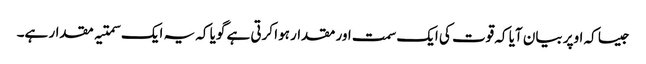
جیسا کہ اوپر بیان آیا کہ قوت کی ایک سمت اور مقدار ہوا کرتی ہے گویا کہ یہ ایک سمتیہ مقدار ہے۔